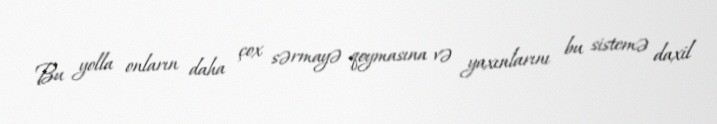
Bu yolla onların daha çox sərmayə qoymasına və yaxınlarını bu sistemə daxil